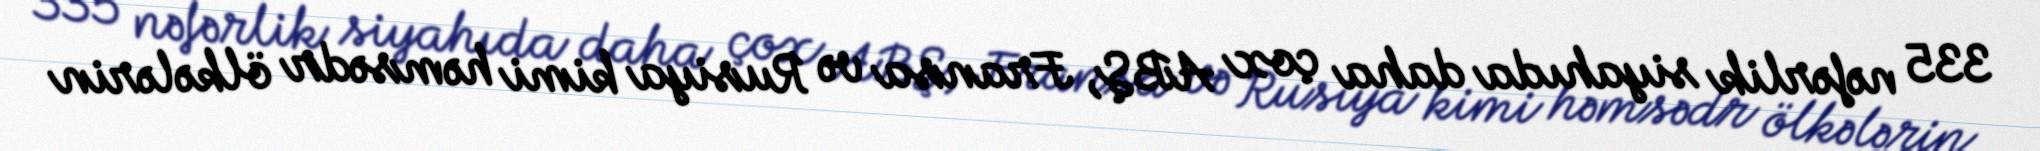
335 nəfərlik siyahıda daha çox ABŞ, Fransa və Rusiya kimi həmsədr ölkələrin